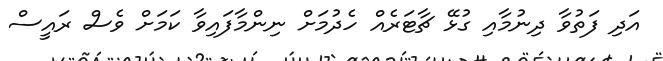
އަދި ފަތުވާ ދިނުމާއި ގުޅޭ ޗާޓަރެއް ހެދުމަށް ނިންމާފައިވާ ކަމަށް ވެސް ރައީސް